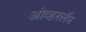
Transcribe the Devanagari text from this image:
ओव्हरलॅप